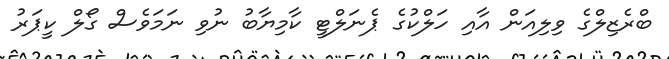
ބްރެޒިލްގެ ވިލިއަން އާއި ހަލްކުގެ ޕެނަލްޓީ ކާމިޔާބު ނުވި ނަމަވެސް ގޯލް ކީޕަރު